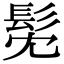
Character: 髧